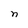
Character: n